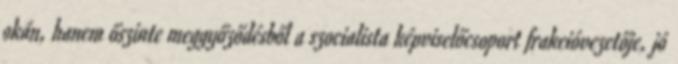
okán, hanem őszinte meggyőződésből a szocialista képviselőcsoport frakcióvezetője, jó